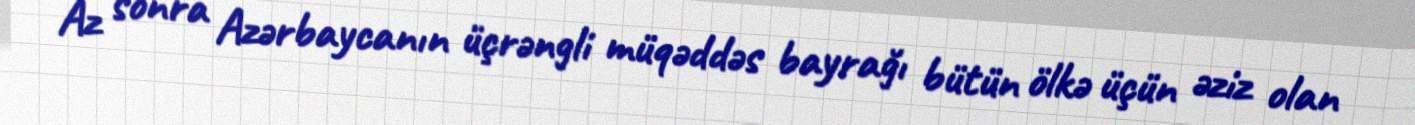
Az sonra Azərbaycanın üçrəngli müqəddəs bayrağı bütün ölkə üçün əziz olan